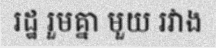
រដ្ឋ រួមគ្នា មួយ រវាង